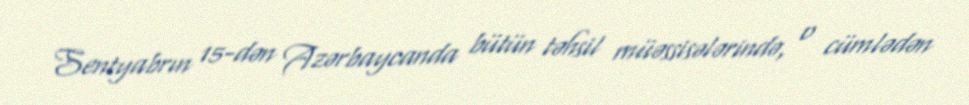
Sentyabrın 15-dən Azərbaycanda bütün təhsil müəssisələrində, o cümlədən